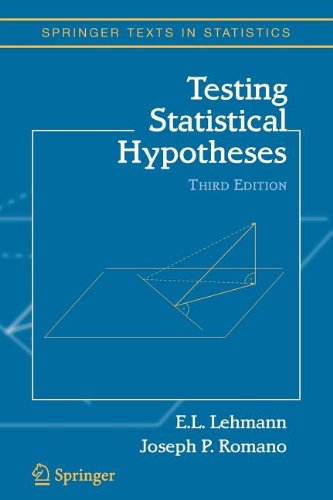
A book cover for Testing Statistical Hypotheses (Computer Science Workbench); Erich Lehmann; Computers & Technology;